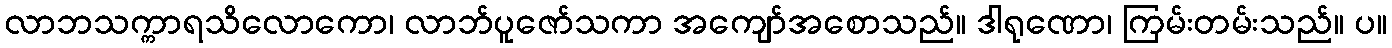
လာဘသက္ကာရသိလောကော၊ လာဘ်ပူဇော်သကာ အကျော်အစောသည်။ ဒါရုဏော၊ ကြမ်းတမ်းသည်။ ပ။